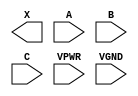
module sky130_fd_sc_hs__maj3 (
    X   ,
    A   ,
    B   ,
    C   ,
    VPWR,
    VGND
);

    output X   ;
    input  A   ;
    input  B   ;
    input  C   ;
    input  VPWR;
    input  VGND;
endmodule